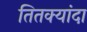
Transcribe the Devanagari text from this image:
तितक्यांदा